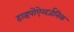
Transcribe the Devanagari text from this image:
हाइपोऐलर्जनिक